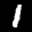
Label: 1